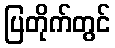
ပြတိုက်တွင်